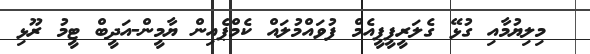
މިލިޔުމާއި ގުޅޭ ގެލަރީޕީޕީއެމް ފުވައްމުލައް ކެމްޕެއިން ޔާމީން-އަދީބް ޓީމު ރޫޅި